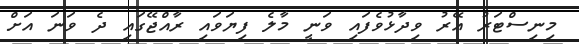
މިނިސްޓަރު އޭރު ވިދާޅުވެފައި ވަނީ މާލެ ފިޔަވައި ރާއްޖޭގައި ދެ ވަނަ އަށް